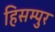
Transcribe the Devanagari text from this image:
हिसम्पुर